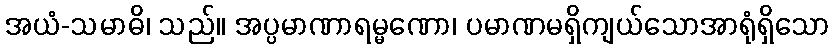
အယံ-သမာဓိ၊ သည်။ အပ္ပမာဏာရမ္မဏော၊ ပမာဏမရှိကျယ်သောအာရုံရှိသော